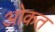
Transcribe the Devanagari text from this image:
ओकत